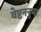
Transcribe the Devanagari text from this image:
वेष्टननुमा